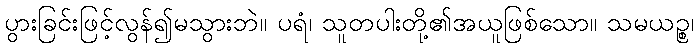
ပွားခြင်းဖြင့်လွန်၍မသွားဘဲ။ ပရံ၊ သူတပါးတို့၏အယူဖြစ်သော။ သမယဉ္စ၊